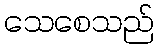
သေစေသည်